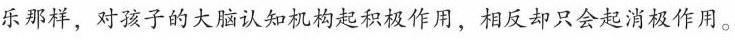
乐那样，对孩子的大脑认知机构起积极作用，相反却只会起消极作用。